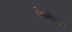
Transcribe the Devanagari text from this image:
विनेटल